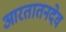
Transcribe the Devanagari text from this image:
आरतातनदेव